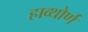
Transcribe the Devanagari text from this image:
हाव्थोर्ण